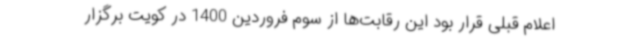
اعلام قبلی قرار بود این رقابت‌ها از سوم فروردین 1400 در کویت برگزار